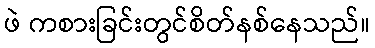
ဖဲ ကစားခြင်းတွင်စိတ်နစ်နေသည်။